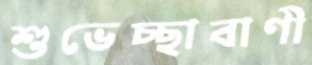
শুভেচ্ছাবাণী